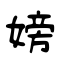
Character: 嫎